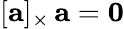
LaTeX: [\mathbf{a}]_{\times}\, \mathbf{a}=\mathbf{0}